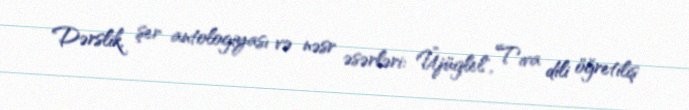
Dərslik, şer antologiyası və nəsr əsərləri: Üjüglel", Tıva dili öğretiliş